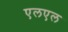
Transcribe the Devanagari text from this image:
एलएल